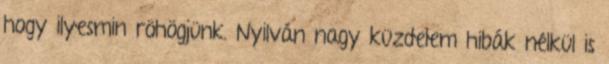
hogy ilyesmin röhögjünk. Nyilván nagy küzdelem hibák nélkül is